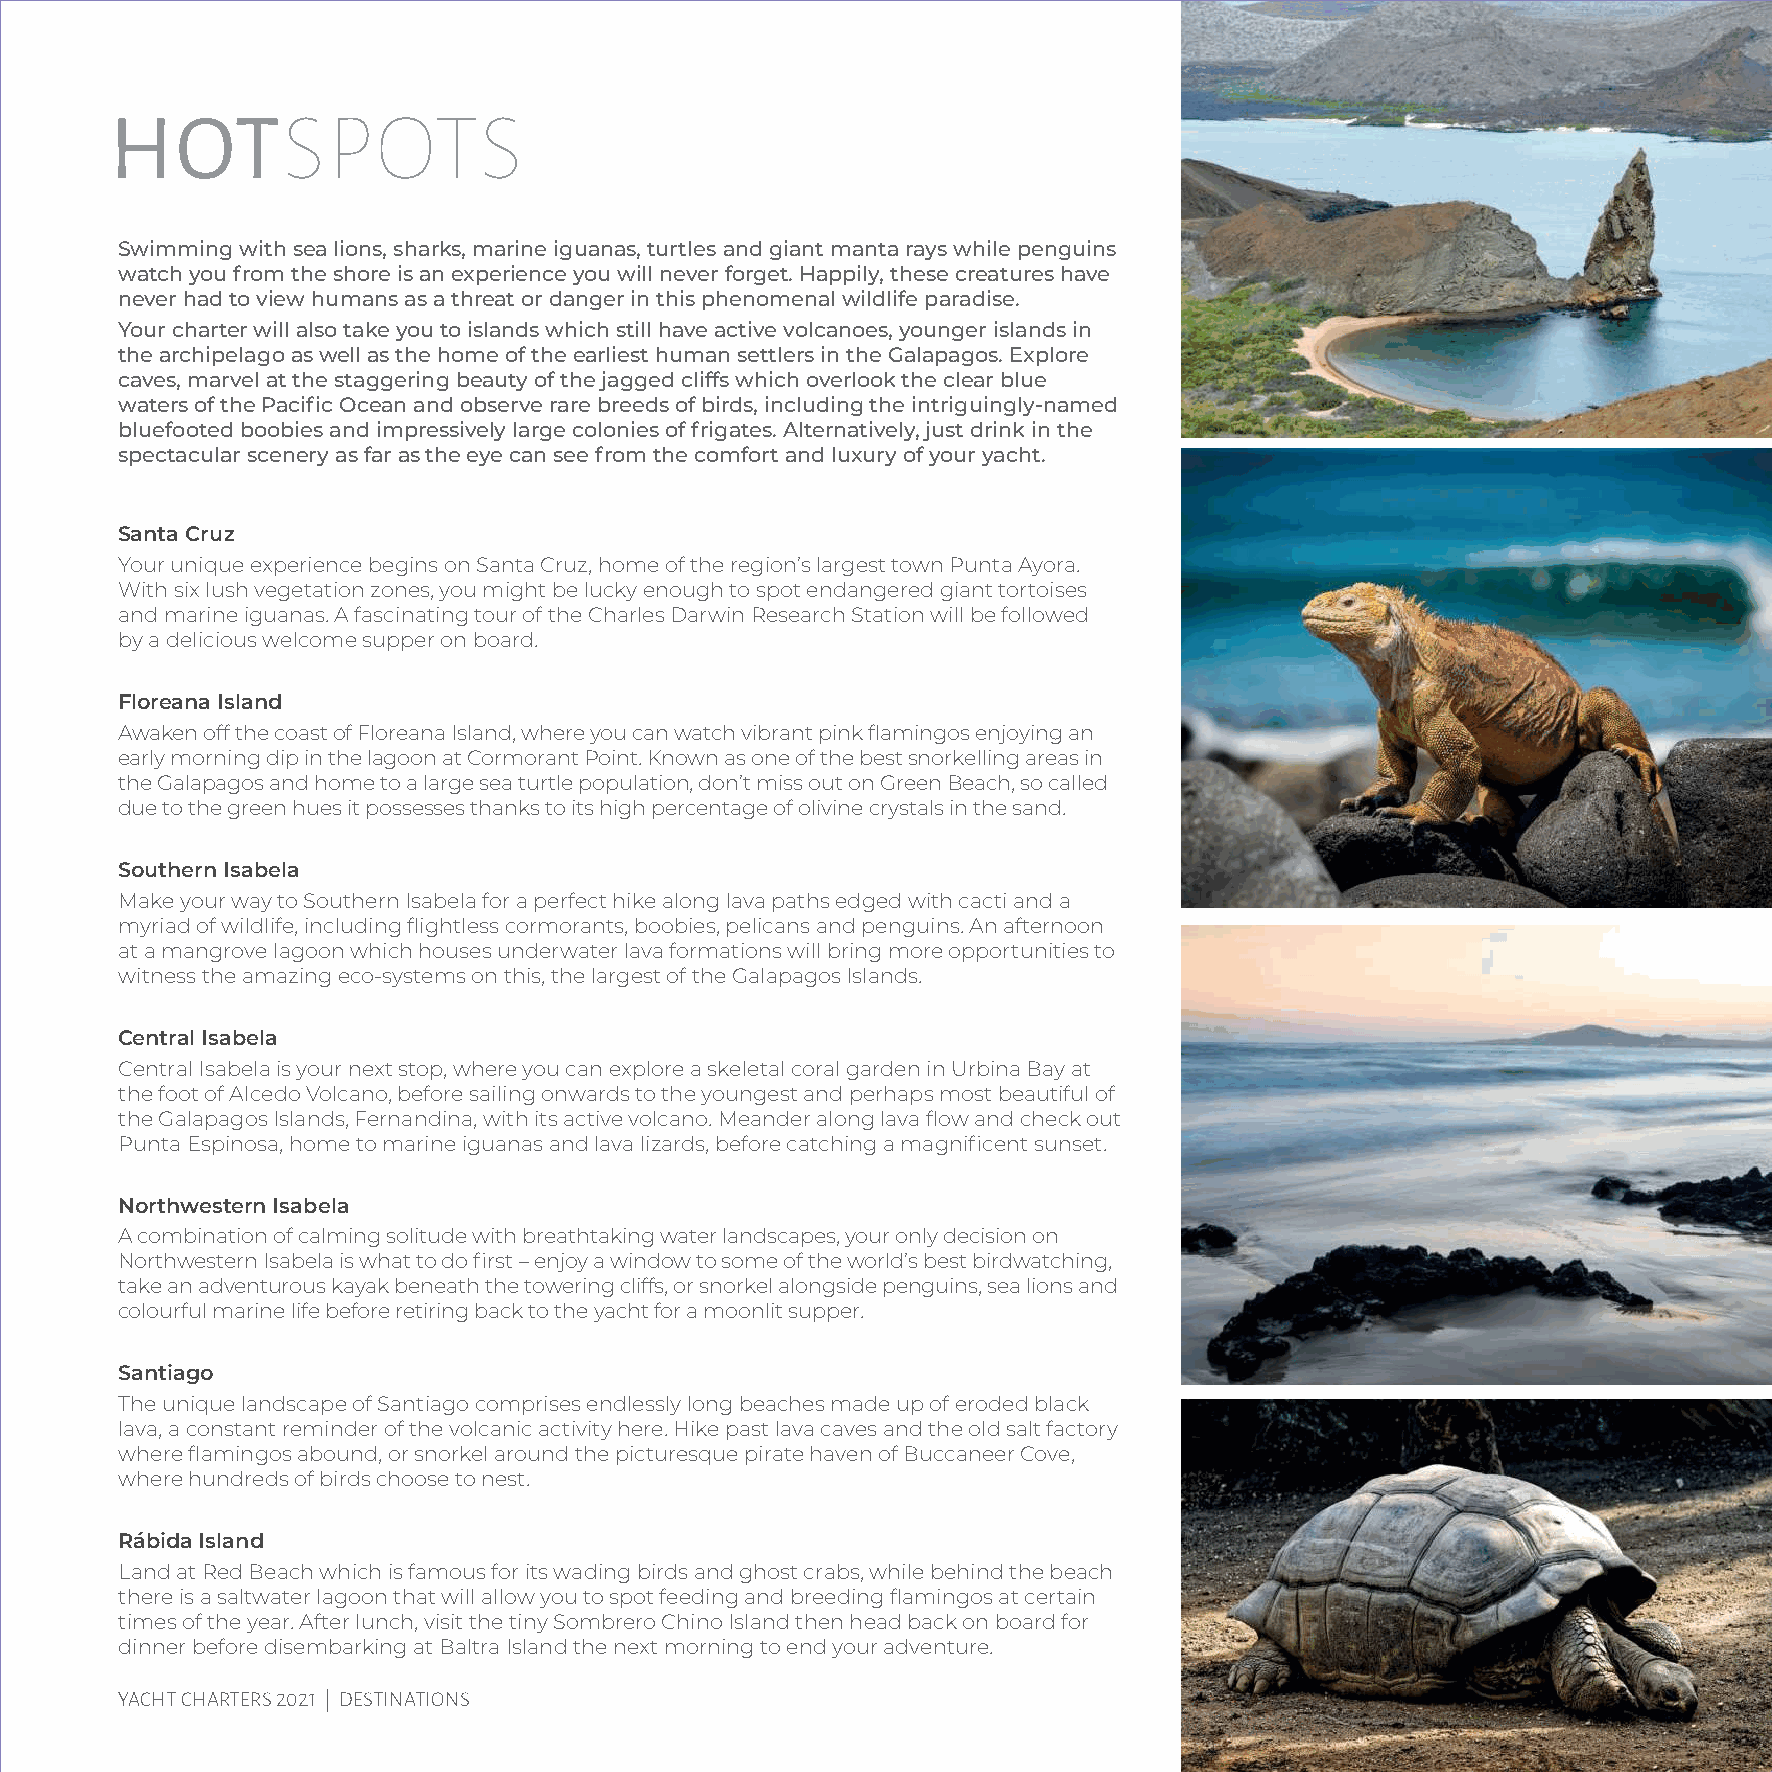
HOTSPOTS
 Swimming with sea lions, sharks, marine iguanas, turtles and giant manta rays while penguins
 watch you from the shore is an experience you will never forget. Happily, these creatures have
 never had to view humans as a threat or danger in this phenomenal wildlife paradise.
 Your charter will also take you to islands which still have active volcanoes, younger islands in
 the archipelago as well as the home of the earliest human settlers in the Galapagos. Explore
 caves, marvel at the staggering beauty of the jagged cliffs which overlook the clear blue
 waters of the Pacific Ocean and observe rare breeds of birds, including the intriguingly-named
 bluefooted boobies and impressively large colonies of frigates. Alternatively, just drink in the
 spectacular scenery as far as the eye can see from the comfort and luxury of your yacht.
 Santa Cruz
 Your unique experience begins on Santa Cruz, home of the region’s largest town Punta Ayora.
 With six lush vegetation zones, you might be lucky enough to spot endangered giant tortoises
 and marine iguanas. A fascinating tour of the Charles Darwin Research Station will be followed
 by a delicious welcome supper on board.
 Floreana Island
 Awaken off the coast of Floreana Island, where you can watch vibrant pink flamingos enjoying an
 early morning dip in the lagoon at Cormorant Point. Known as one of the best snorkelling areas in
 the Galapagos and home to a large sea turtle population, don’t miss out on Green Beach, so called
 due to the green hues it possesses thanks to its high percentage of olivine crystals in the sand.
 Southern Isabela
 Make your way to Southern Isabela for a perfect hike along lava paths edged with cacti and a
 myriad of wildlife, including flightless cormorants, boobies, pelicans and penguins. An afternoon
 at a mangrove lagoon which houses underwater lava formations will bring more opportunities to
 witness the amazing eco-systems on this, the largest of the Galapagos Islands.
 Central Isabela
 Central Isabela is your next stop, where you can explore a skeletal coral garden in Urbina Bay at
 the foot of Alcedo Volcano, before sailing onwards to the youngest and perhaps most beautiful of
 the Galapagos Islands, Fernandina, with its active volcano. Meander along lava flow and check out
 Punta Espinosa, home to marine iguanas and lava lizards, before catching a magnificent sunset.
 Northwestern Isabela
 A combination of calming solitude with breathtaking water landscapes, your only decision on
 Northwestern Isabela is what to do first – enjoy a window to some of the world’s best birdwatching,
 take an adventurous kayak beneath the towering cliffs, or snorkel alongside penguins, sea lions and
 colourful marine life before retiring back to the yacht for a moonlit supper.
 Santiago
 The unique landscape of Santiago comprises endlessly long beaches made up of eroded black
 lava, a constant reminder of the volcanic activity here. Hike past lava caves and the old salt factory
 where flamingos abound, or snorkel around the picturesque pirate haven of Buccaneer Cove,
 where hundreds of birds choose to nest.
 Rábida Island
 Land at Red Beach which is famous for its wading birds and ghost crabs, while behind the beach
 there is a saltwater lagoon that will allow you to spot feeding and breeding flamingos at certain
 times of the year. After lunch, visit the tiny Sombrero Chino Island then head back on board for
 dinner before disembarking at Baltra Island the next morning to end your adventure.
 61
 YACHT CHARTERS 2021 | DESTINATIONS